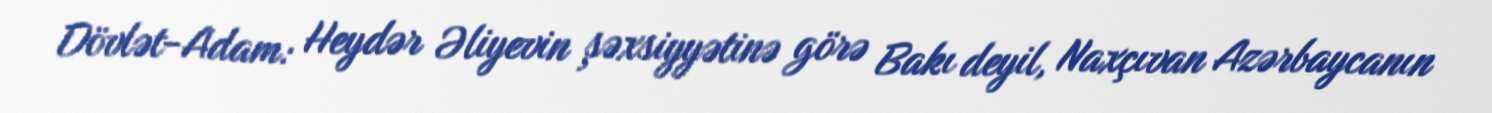
Dövlət-Adam: Heydər Əliyevin şəxsiyyətinə görə Bakı deyil, Naxçıvan Azərbaycanın